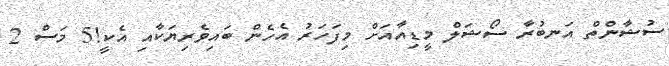
ސުޝާންތް އަނބުރާ ސޯޝަލް މީޑިއާއަށް މިފަހަރު އެހެން ބައިވެރިޔަކާއި އެކީ!5 މަސް 2